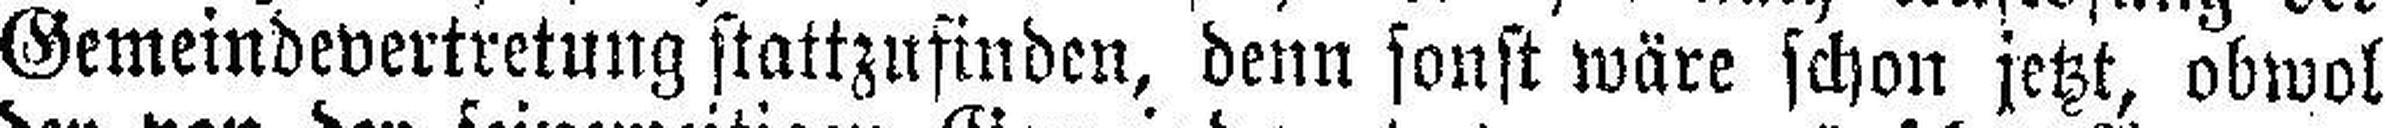
Gemeindevertretung stattzufinden, denn sonst wäre schon jetzt, obwol